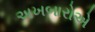
અખબારોએ